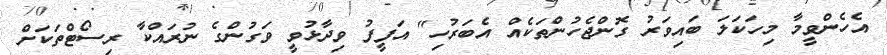
އެހެންވީމާ މިހަކަލަ ބައިވަރު ގޮންޖެހުންތަކެއް އެބަރުހި" އަފީފު ވިދާޅުވީ ވަގުންގެ ނުރައްކާ ރިސޯޓްތަކަށް